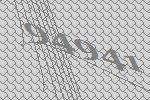
94941